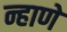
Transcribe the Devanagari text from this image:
न्हाणे